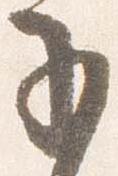
子